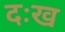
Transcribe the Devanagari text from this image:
दःख